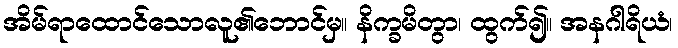
အိမ်ရာထောင်သောလူ၏ဘောင်မှ။ နိက္ခမိတွာ၊ ထွက်၍။ အနဂါရိယံ၊